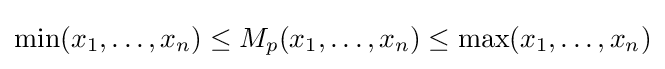
\min(x_{1},\dots ,x_{n})\leq M_{p}(x_{1},\dots ,x_{n})\leq \max(x_{1},\dots ,x_{n})